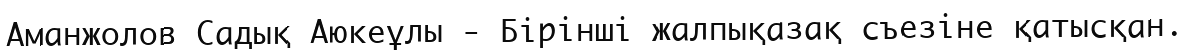
Аманжолов Садық Аюкеұлы - Бірінші жалпықазақ съезіне қатысқан.